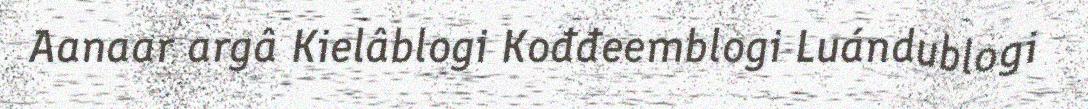
Aanaar argâ Kielâblogi Kođđeemblogi Luándublogi